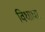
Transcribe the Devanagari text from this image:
विधाधर